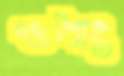
ওপাং